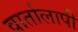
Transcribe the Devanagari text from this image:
वार्तालापी